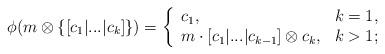
LaTeX: \begin{align*}\phi(m \otimes \{ [c_1 | ... |c_k] \} )=\left\{ \begin{array}{lll} c_1, & k=1,\\ m \cdot [c_1 | ... |c_{k-1} ] \otimes c_k, & k>1; \end{array}\right.\end{align*}